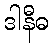
ဒါနီဓ